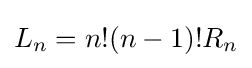
L_{n}=n!(n-1)!R_{n}